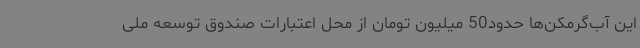
این آب‌گرمکن‌ها حدود50 میلیون تومان از محل اعتبارات صندوق توسعه ملی